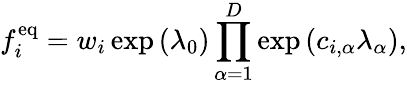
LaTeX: f_{i}^{\mathrm{eq}}=w_{i}\exp\left(\lambda_{0}\right)\prod_{\alpha=1}^{D}\exp\left(c_{i,\alpha}\lambda_{\alpha}\right),